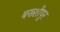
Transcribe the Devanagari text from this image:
बख्शीपुर